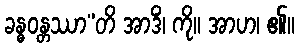
ခန္ဓဝန္တဿာ”တိ အာဒိံ၊ ကို။ အာဟ၊ ၏။